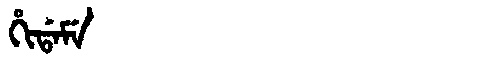
Manchu: ᡥᡳᡩᠠᠮᡝ
Romanization: HIDAME